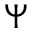
\Psi